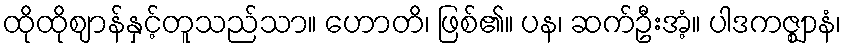
ထိုထိုဈာန်နှင့်တူသည်သာ။ ဟောတိ၊ ဖြစ်၏။ ပန၊ ဆက်ဦးအံ့။ ပါဒကဇ္ဈာနံ၊